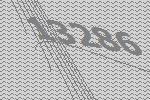
13286